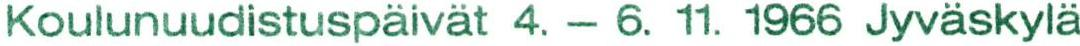
Koulunuudistuspäivät 4. - 6. 11. 1966 Jyväskylä